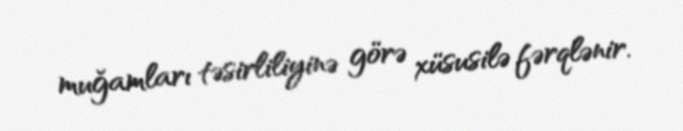
muğamları təsirliliyinə görə xüsusilə fərqlənir.